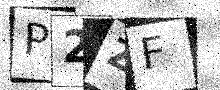
Text: P2ZF